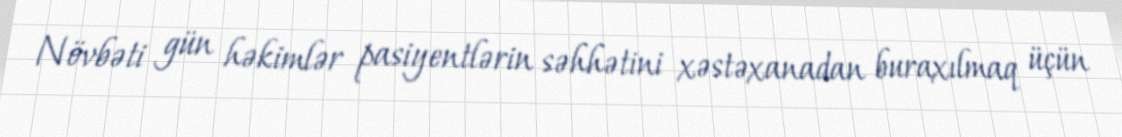
Növbəti gün həkimlər pasiyentlərin səhhətini xəstəxanadan buraxılmaq üçün